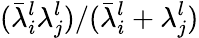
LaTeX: (\bar{\lambda}_{i}^{l}\lambda_{j}^{l})/(\bar{\lambda}_{i}^{l}+\lambda_{j}^{l})